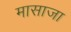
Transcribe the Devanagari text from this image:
मासाजा